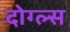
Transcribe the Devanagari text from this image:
दोग्ल्स